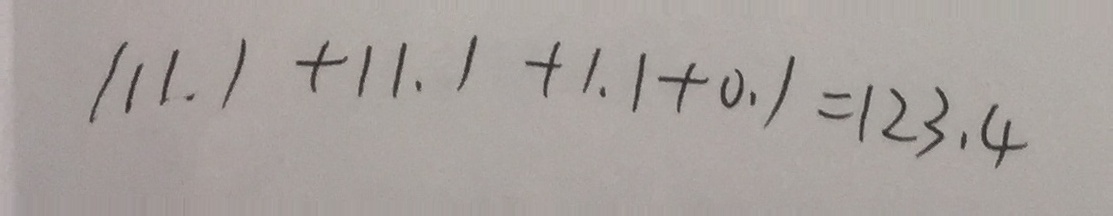
1 1 1 . 1 + 1 1 . 1 + 1 . 1 + 0 . 1 = 1 2 3 . 4